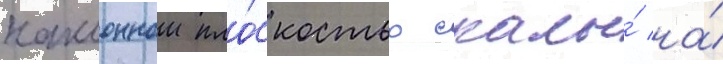
наклоннои пло́скостью скалы́ на́